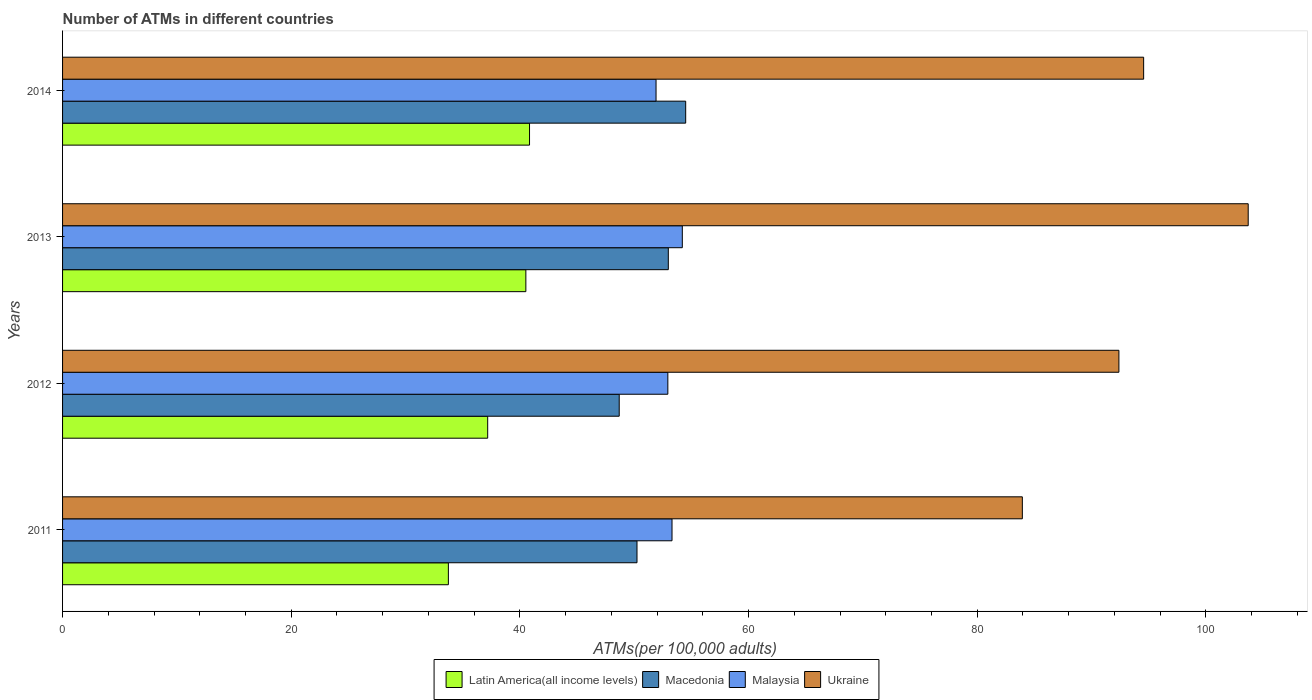
| Years | Latin America(all income levels) | Macedonia | Malaysia | Ukraine |
 | --- | --- | --- | --- | --- |
 | 2011 | 33.7 | 50.2 | 53.3 | 83.9 |
 | 2012 | 37.2 | 48.7 | 52.9 | 92.4 |
 | 2013 | 40.5 | 53 | 54.2 | 104 |
 | 2014 | 40.8 | 54.5 | 51.9 | 94.6 |